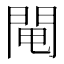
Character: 𨴄